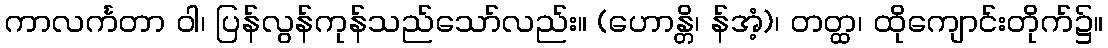
ကာလင်္ကတာ ဝါ၊ ပြန်လွန်ကုန်သည်သော်လည်း။ (ဟောန္တိ၊ န်အံ့)၊ တတ္ထ၊ ထိုကျောင်းတိုက်၌။